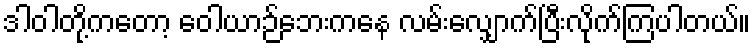
ဒါဝါတို့ကတော့ ဝေါယာဉ်ဘေးကနေ လမ်းလျှောက်ပြီးလိုက်ကြပါတယ်။